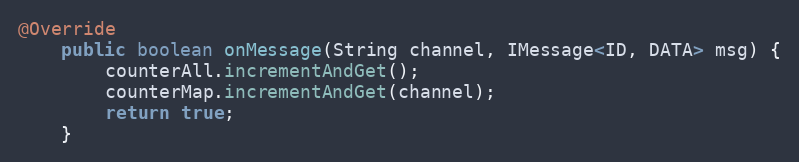
Language: Java
@Override
    public boolean onMessage(String channel, IMessage<ID, DATA> msg) {
        counterAll.incrementAndGet();
        counterMap.incrementAndGet(channel);
        return true;
    }